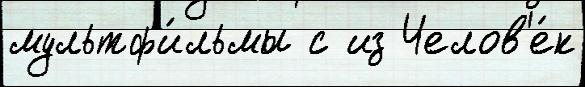
мультф'и́льмы с из Челов'е́к